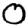
Digit: 0